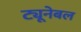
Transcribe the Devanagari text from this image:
ट्यूनेबल